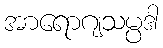
အာရောဂျသမ္ပဒါ